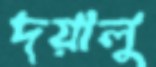
দয়ালু